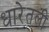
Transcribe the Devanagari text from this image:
धारेतली